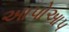
આપોઆપ